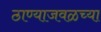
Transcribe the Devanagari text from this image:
ठाण्याजवळच्या